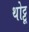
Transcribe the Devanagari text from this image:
थोट्टू